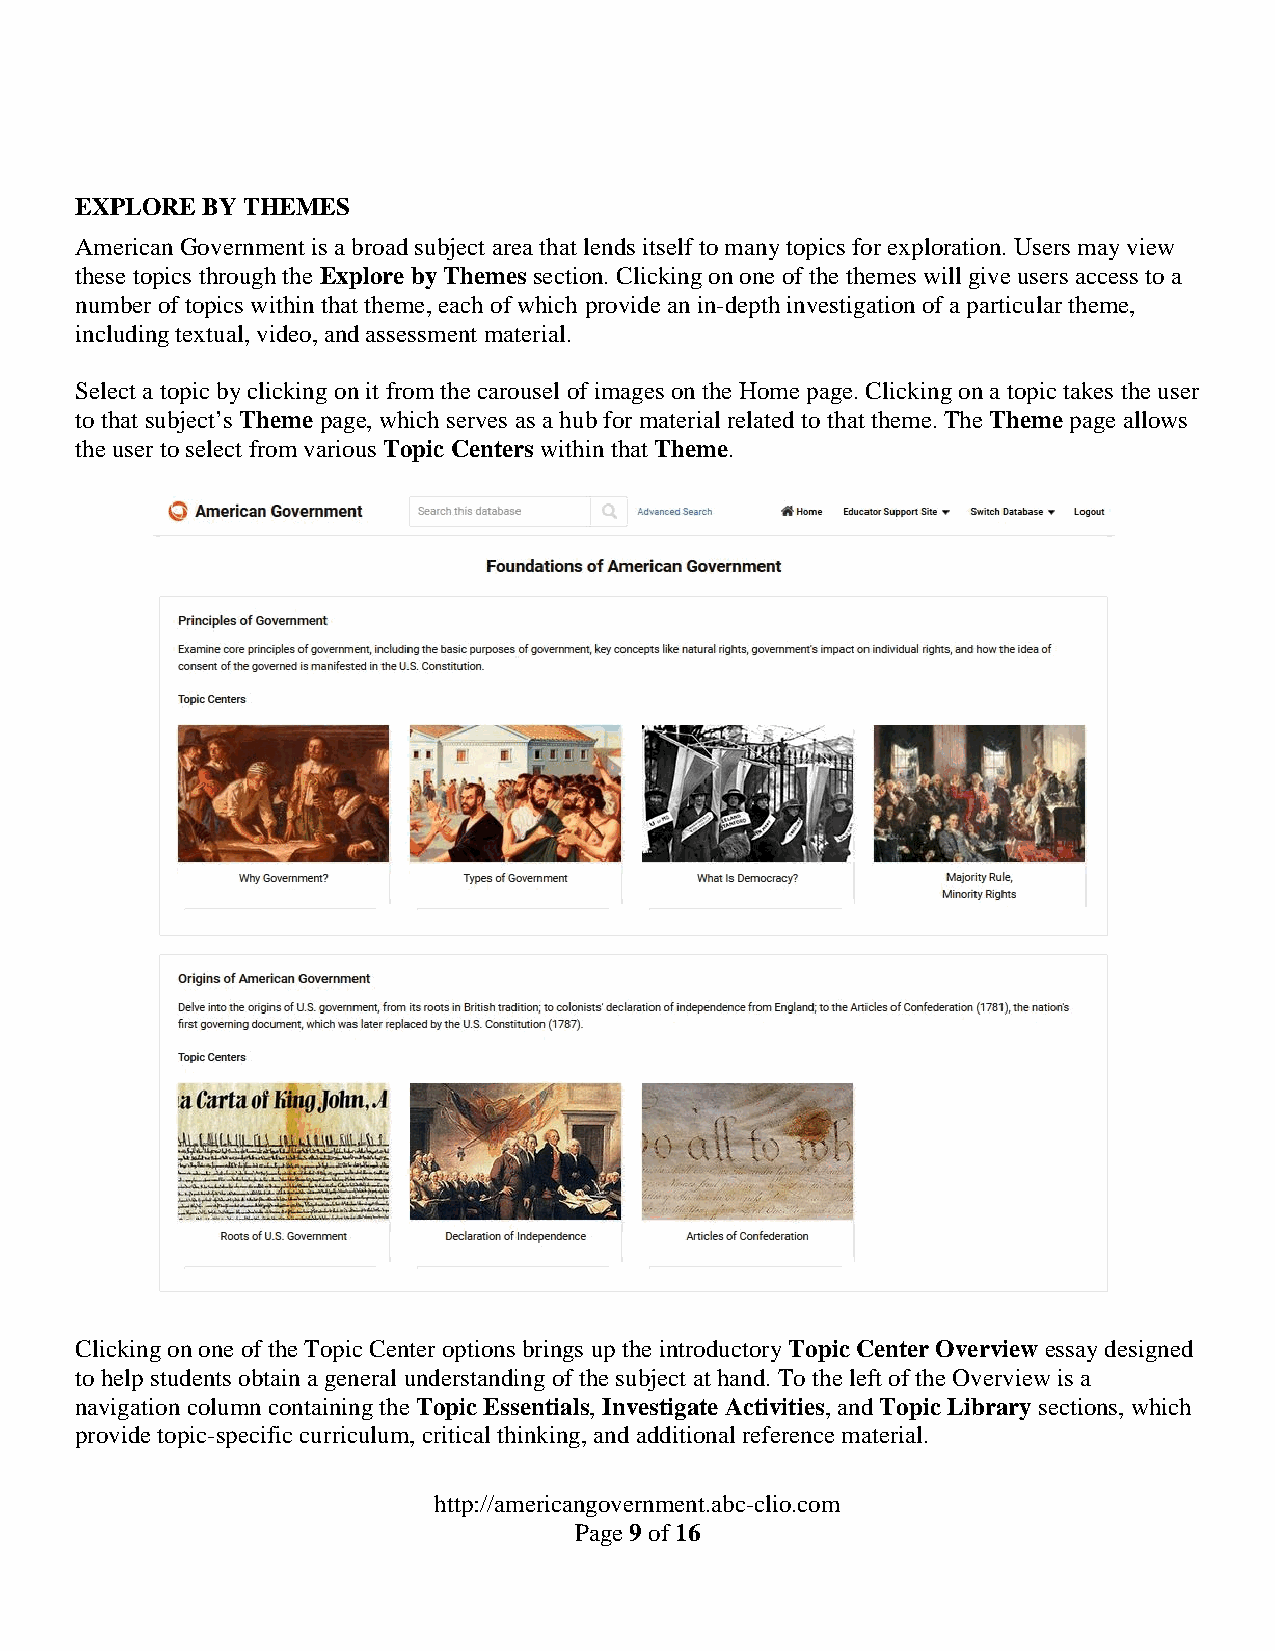
EXPLORE BY THEMES
 American Government is a broad subject area that lends itself to many topics for exploration. Users may view
 these topics through the Explore by Themes section. Clicking on one of the themes will give users access to a
 number of topics within that theme, each of which provide an in-depth investigation of a particular theme,
 including textual, video, and assessment material.
 Select a topic by clicking on it from the carousel of images on the Home page. Clicking on a topic takes the user
 to that subject’s Theme page, which serves as a hub for material related to that theme. The Theme page allows
 the user to select from various Topic Centers within that Theme.
 Clicking on one of the Topic Center options brings up the introductory Topic Center Overview essay designed
 to help students obtain a general understanding of the subject at hand. To the left of the Overview is a
 navigation column containing the Topic Essentials, Investigate Activities, and Topic Library sections, which
 provide topic-specific curriculum, critical thinking, and additional reference material.
 http://americangovernment.abc-clio.com
 Page 9 of 16